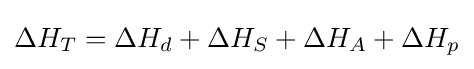
\Delta H_{T}=\Delta H_{d}+\Delta H_{S}+\Delta H_{A}+\Delta H_{p}